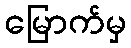
မြောက်မှ